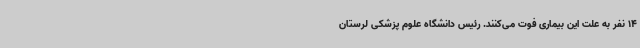
14 نفر به علت این بیماری فوت می‌کنند. رئیس دانشگاه علوم پزشکی لرستان